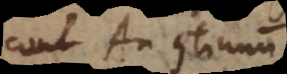
An continuum